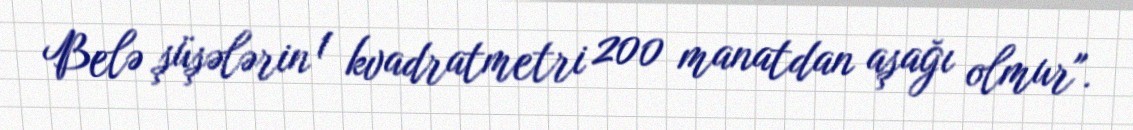
Belə şüşələrin 1 kvadratmetri 200 manatdan aşağı olmur".